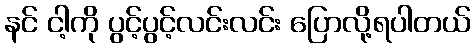
နင် ငါ့ကို ပွင့်ပွင့်လင်းလင်း ပြောလို့ရပါတယ်